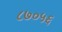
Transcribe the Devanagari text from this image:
८७०५६